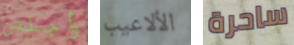
وأجلس الألاعيب ساحرة